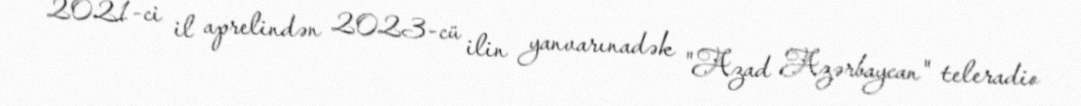
2021-ci il aprelindən 2023-cü ilin yanvarınadək "Azad Azərbaycan" teleradio